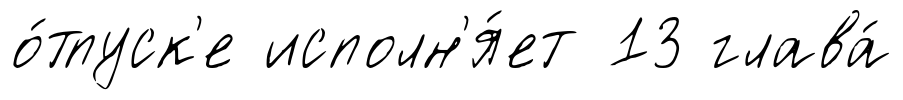
о́тпуск'е исполн'я́ет 13 глава́